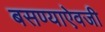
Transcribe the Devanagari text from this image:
बसण्याऐवजी